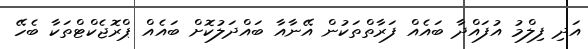
އަދި ފިލްމު އުފައްދާ ބައެއް ފަރާތްތަކުން އޭނާއާ ބައްދަލުކޮށް ބައެއް ޕްރޮޖެކްޓްތަކާ ބެހޭ